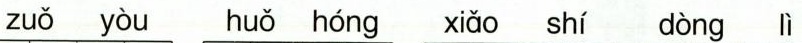
zuǒ yòu huǒ hóng xiǎo shí dòng lì